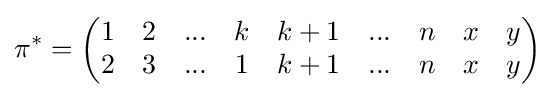
\pi ^{*}={\begin{pmatrix}1&2&...&k&k+1&...&n&x&y\\2&3&...&1&k+1&...&n&x&y\end{pmatrix}}